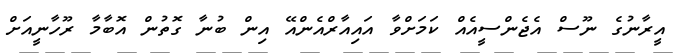
އީރާނުގެ ނޫސް އެޖެންސީއެއް ކަމަށްވާ އައިއާރްއެންއޭ އިން ބުނާ ގޮތުން އޮބާމާ ރޫހާނީއަށް